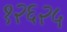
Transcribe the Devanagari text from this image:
१२६२५